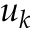
u _ { k }